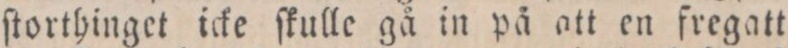
ſtorthinget icke ſkulle gå in på att en fregatt